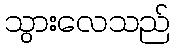
သွားလေသည်